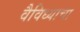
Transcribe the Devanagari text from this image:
वैविध्याचा